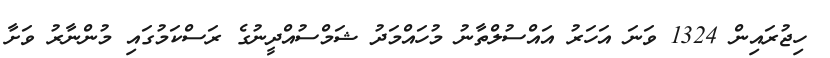
ހިޖުރައިން 1324 ވަނަ އަހަރު އައްސުލްތާނު މުހައްމަދު ޝަމްސުއްދީނުގެ ރަސްކަމުގައި މުންނާރު ވަށާ